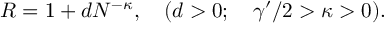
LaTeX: R = 1 + d N ^ { - \kappa } , \quad ( d > 0 ; \quad { \gamma ^ { \prime } } / 2 > \kappa > 0 ) .